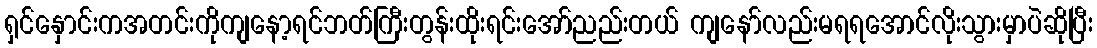
ရှင်နှောင်းကအတင်းကိုကျနော့ရင်ဘတ်ကြီးတွန်းထိုးရင်းအော်ညည်းတယ် ကျနော်လည်းမရရအောင်လိုးသွားမှာပဲဆိုပြီး